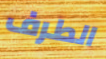
الطرف